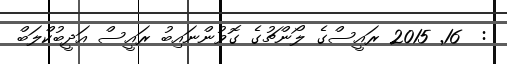
:  16